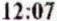
12:07